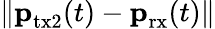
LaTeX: \| \textbf{p}_{\textrm{tx2}}(t)-\textbf{p}_{\textrm{rx}}(t)\|